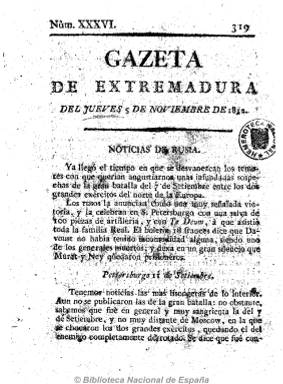
Título: Gazeta de Extremadura
Otros títulos: Gaceta de Extremadura
Colección: Gacetas
Ámbito geográfico: Badajoz
Lugar de publicación: Badajoz
Fechas: 05/11/1812-05/11/1812

Comienza a publicarse, probablemente, en octubre de 1810, cuando la Junta Suprema de Extremadura sale de la capital con una pequeña imprenta y se instala en Valencia de Alcántara, siendo su redactor principal en esta su primera época, en la que aparecen 46 números, Ambrosio García Becerril, tal como señala Checa Godoy. De mayo a junio de 1811 editará siete números en Olivenza, donde se ha trasladado la junta, que volverá de nuevo a Valencia de Alcántara, en donde seguirá editándola, iniciando nueva numeración pero sin pie de imprenta.

Debido a la precariedad económica en la que se verá envuelto este órgano oficial, llegará a ser sostenida por Juan José Nieto Aguilar, primer marqués de Monsalud (1769-1851), que desde el 24 de noviembre de 1811 era nuevo presidente de la junta, además de capitán general del ejército.

En 1812, con el ejército napoleónico fuera ya de Extremadura, la Gazeta se editará ya en Badajoz, saliendo de la Imprenta de la Diputación, iniciando nueva numeración en diciembre de este año. Dejó de publicarse a mediados de 1813, y por la sesión de las Cortes del 17 de julio de 1813, sabemos que había dejado de publicarse como los demás periódicos que eran impresos a costa de Hacienda, señalando el sacerdote José María Alcocer, al que se le había confiado su redacción en marzo de 1813, que la había sustituido por Telégrafo imparcial de Extremadura.

Fue probablemente bisemanal, y según los números que se conocen apareció lunes y viernes, pero también los martes, en números de cuatro páginas, pero también de nueve, y compuesta tanto a dos como a una columna. De carácter patriótico, publicaba noticias locales, del reino y de Europa, concernientes a los acontecimientos bélicos y políticos, así como otras referidas a Ultramar o a la propia Diputación Provincial cuando este organismo fue creado por las Cortes. También incluye artículos y comentarios a las noticias.

Otro de sus redactores fue Pedro Pascasio Fernández Sardino, y Luis del Arco también ha reseñado la existencia de una Gazeta de Extremadura, impresa en Cáceres en 1813. La obra Días gloriosos y días desgraciados de Extremadura, publicada en 1930 por Octavio Mayor, se recopilan artículos publicados por esta Gazeta.